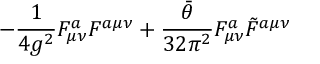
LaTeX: - { \frac { 1 } { 4 g ^ { 2 } } } F _ { \mu \nu } ^ { a } F ^ { a \mu \nu } + { \frac { \bar { \theta } } { 3 2 \pi ^ { 2 } } } F _ { \mu \nu } ^ { a } \tilde { F } ^ { a \mu \nu }